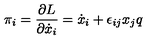
\pi _ { i } = \frac { \partial L } { \partial \dot { x } _ { i } } = \dot { x } _ { i } + \epsilon _ { i j } x _ { j } q